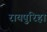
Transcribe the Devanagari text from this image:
रायपुरिहा